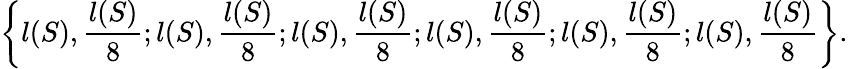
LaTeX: \left\{ l(S),{\frac{l(S)}{8}};l(S),{\frac{l(S)}{8}};l(S),{\frac{l(S)}{8}};l(S),{\frac{l(S)}{8}};l(S),{\frac{l(S)}{8}};l(S),{\frac{l(S)}{8}}\right\} .